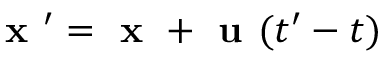
\textbf { x } ^ { \prime } = \textbf { x } + \textbf { u } ( t ^ { \prime } - t )